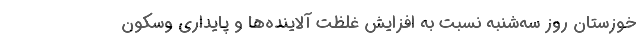
خوزستان روز سه‌شنبه نسبت به افزایش غلظت آلاینده‌ها و پایداری وسکون